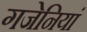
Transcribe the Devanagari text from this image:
गजेनियां